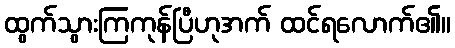
ထွက်သွားကြကုန်ပြီဟုအက် ထင်ရလောက်၏။